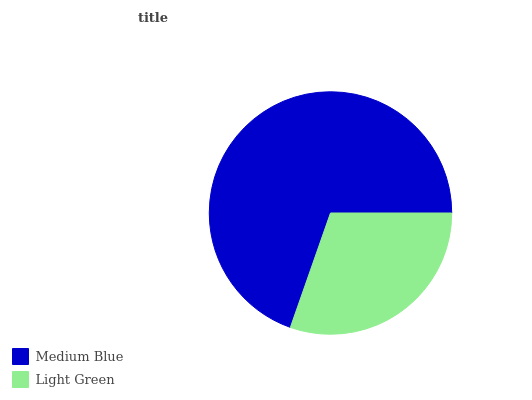
| Medium Blue | Light Green |
 | --- | --- |
 | 69.6% | 30.4% |